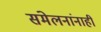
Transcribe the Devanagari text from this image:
संमेलनांनाही